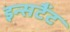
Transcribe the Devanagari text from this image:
इन्सटैंट